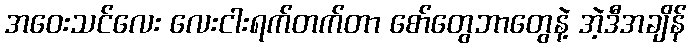
အဝေးသင်လေး လေးငါးရက်တက်တာ စော်တွေဘာတွေနဲ့ အဲ့ဒီအချိန်